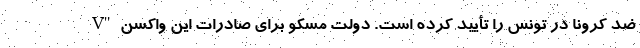
V" ضد کرونا در تونس را تأیید کرده است. دولت مسکو برای صادرات این واکسن